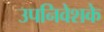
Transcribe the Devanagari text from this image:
उपनिवेशके